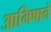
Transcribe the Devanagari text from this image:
आमिषाने